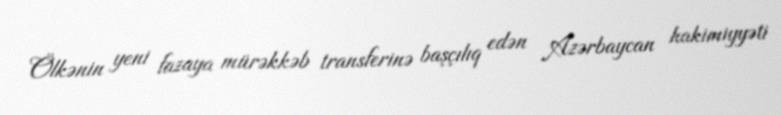
Ölkənin yeni fazaya mürəkkəb transferinə başçılıq edən Azərbaycan hakimiyyəti